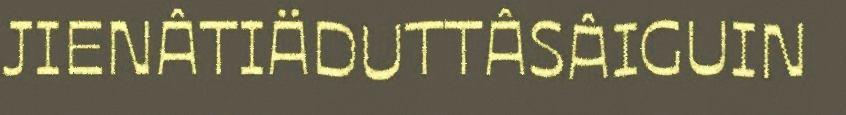
JIENÂTIÄDUTTÂSÂIGUIN